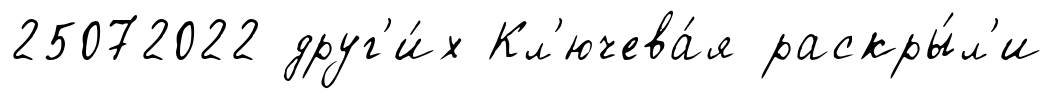
25072022 друг'и́х Кл'ючева́я раскры́л'и